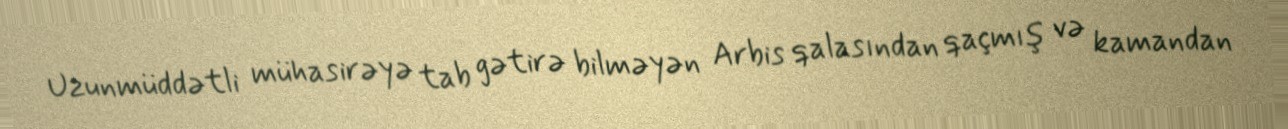
Uzunmüddətli mühasirəyə tab gətirə bilməyən Arbis qalasından qaçmış və kamandan